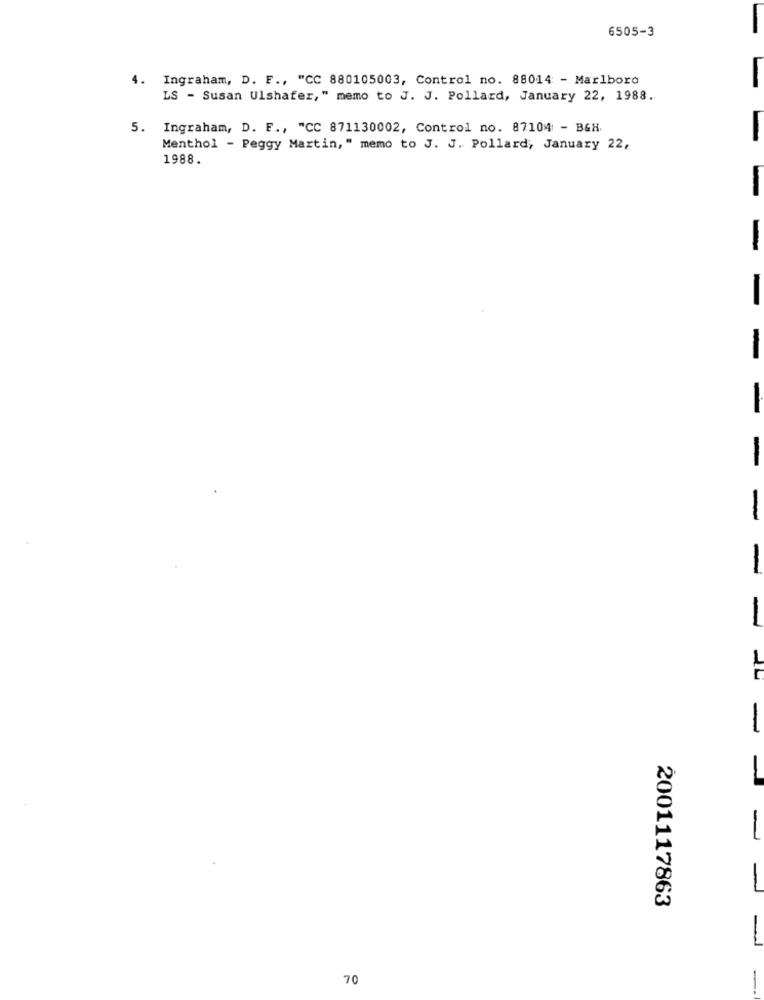
6505-3
4. Ingraham, D. F ., "CC 880105003, Control no. 88014 - Marlboro
LS - Susan Ulshafer," memo to J. J. Pollard, January 22, 1988.
5. Ingraham, D. F ., "CC 871130002, Control no. 87104 - B&H.
-
Menthol - Peggy Martin, " memo to J. J. Pollard, January 22,
1988.
-
-
-
-
-
-
-
-
-
2001117863
70